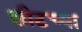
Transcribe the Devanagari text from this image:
शीटच्या